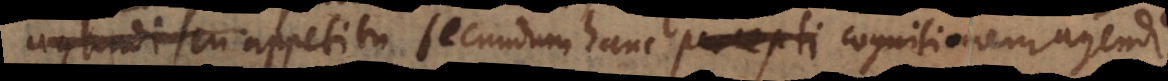
sive appetitu secundum hanc percepti cognitionem agendi.